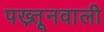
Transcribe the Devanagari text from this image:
पख़्तूनवाली